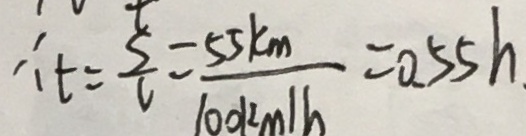
\therefore t = \frac { s } { v } = \frac { 5 5 k m } { 1 0 0 k m / h } = 0 . 5 5 h